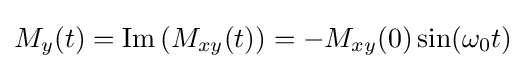
M_{y}(t)={\text{Im}}\left(M_{xy}(t)\right)=-M_{xy}(0)\sin(\omega _{0}t)